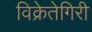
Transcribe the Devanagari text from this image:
विक्रेतेगिरी